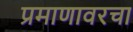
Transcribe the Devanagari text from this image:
प्रमाणावरचा